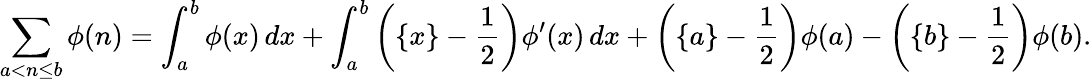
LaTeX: \sum_{a<n\leq b}\phi(n)=\int_{a}^{b}\phi(x)\, dx+\int_{a}^{b}\left(\{ x\} -{\frac{1}{2}}\right)\phi^{\prime}(x)\, dx+\left(\{ a\} -{\frac{1}{2}}\right)\phi(a)-\left(\{ b\} -{\frac{1}{2}}\right)\phi(b).